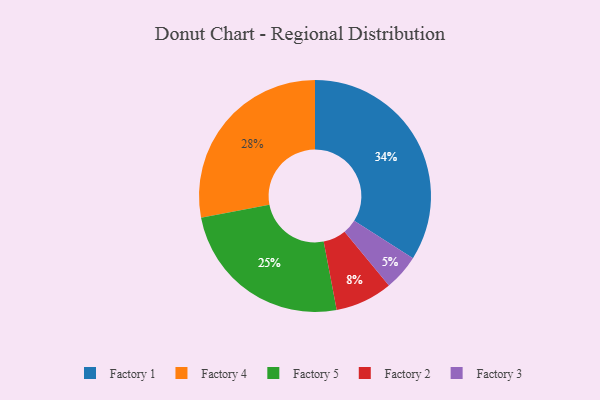
{"axis": {"x": "Category", "y": "Percentage"}, "legend": ["Factory 1", "Factory 2", "Factory 3", "Factory 4", "Factory 5"], "data": [{"x": "Factory 4", "y": 28, "type": "Factory 4"}, {"x": "Factory 5", "y": 25, "type": "Factory 5"}, {"x": "Factory 2", "y": 8, "type": "Factory 2"}, {"x": "Factory 3", "y": 5, "type": "Factory 3"}, {"x": "Factory 1", "y": 34, "type": "Factory 1"}]}